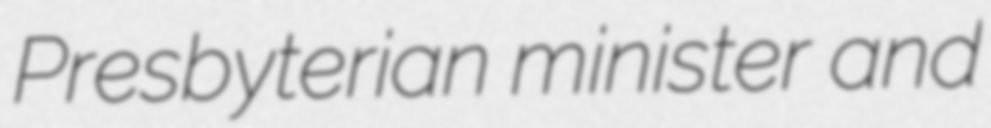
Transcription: Presbyterian minister and